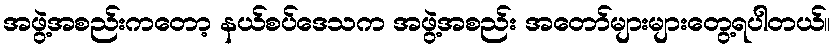
အဖွဲ့အစည်းကတော့ နယ်စပ်ဒေသက အဖွဲ့အစည်း အတော်များများတွေ့ရပါတယ်။